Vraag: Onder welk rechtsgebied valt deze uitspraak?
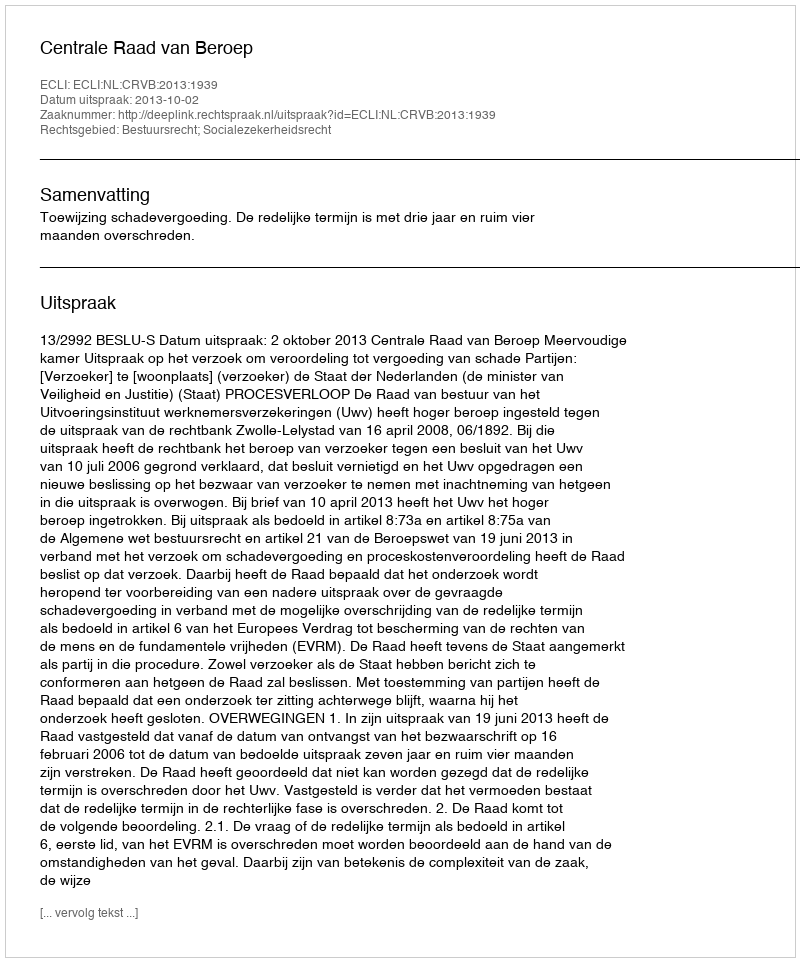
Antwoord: Bestuursrecht; Socialezekerheidsrecht